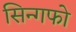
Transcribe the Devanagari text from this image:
सिन्गफो